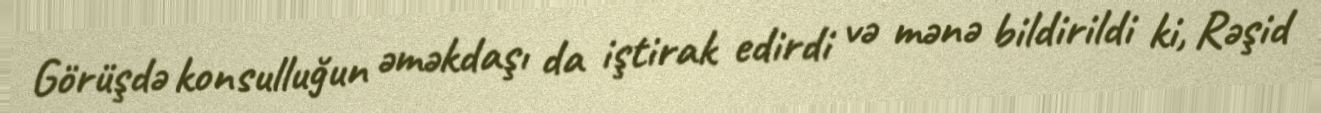
Görüşdə konsulluğun əməkdaşı da iştirak edirdi və mənə bildirildi ki, Rəşid